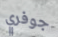
جوفري